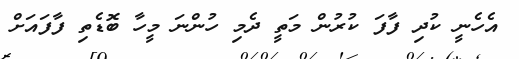
އެހެނީ ކުދި ފާފަ ކުރުން މަތީ ދެމި ހުންނަ މީހާ ބޮޑެތި ފާފައަށް